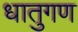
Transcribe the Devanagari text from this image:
धातुगण